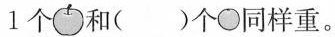
1个和( )个同样重。